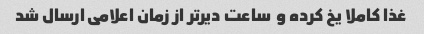
غذا کاملا یخ کرده و  ساعت دیرتر از زمان اعلامی ارسال شد